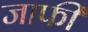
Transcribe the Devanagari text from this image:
जाफी